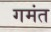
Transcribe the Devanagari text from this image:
गमंत